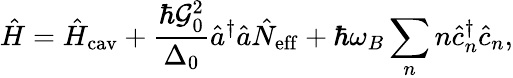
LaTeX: \hat{H}=\hat{H}_{\mathrm{cav}}+\frac{\hbar\mathcal{G}_{0}^{2}}{\Delta_{0}}\hat{a}^{\dagger}\hat{a}\hat{N}_{\mathrm{eff}}+\hbar\omega_{B}\sum_{n}n\hat{c}_{n}^{\dagger}\hat{c}_{n},